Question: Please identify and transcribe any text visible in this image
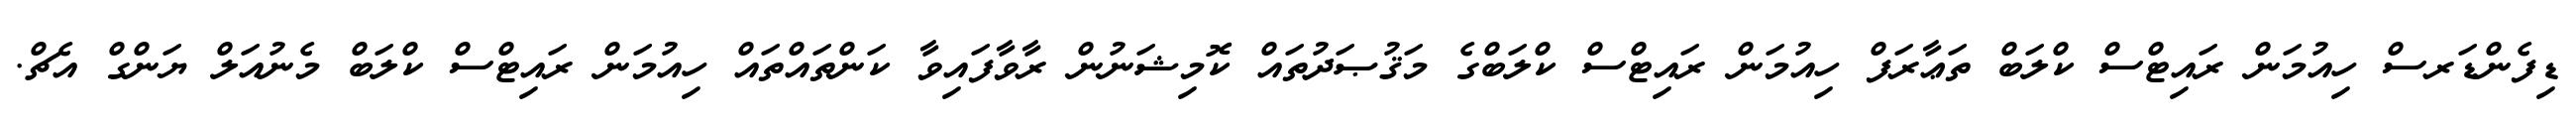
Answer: ޑިފެންޑަރސް ހިއުމަން ރައިޓްސް ކްލަބް ތަޢާރަފް ހިއުމަން ރައިޓްސް ކްލަބްގެ މަޤުޞަދުތައް ކޮމިޝަނުން ރާވާފައިވާ ކަންތައްތައް ހިއުމަން ރައިޓްސް ކްލަބް މެނުއަލް ޔަންގް އެޗް.